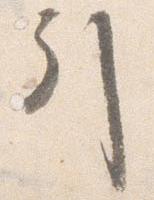
引